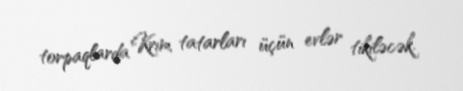
torpaqlarda Krım tatarları üçün evlər tikiləcək.